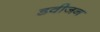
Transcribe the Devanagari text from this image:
डवीजन